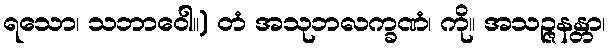
ရသော၊ သဘာဝေါ။) တံ အသုဘလက္ခဏံ၊ ကို။ အသဉ္ဇနန္တာ၊